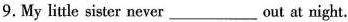
9.My little sister never out at night.